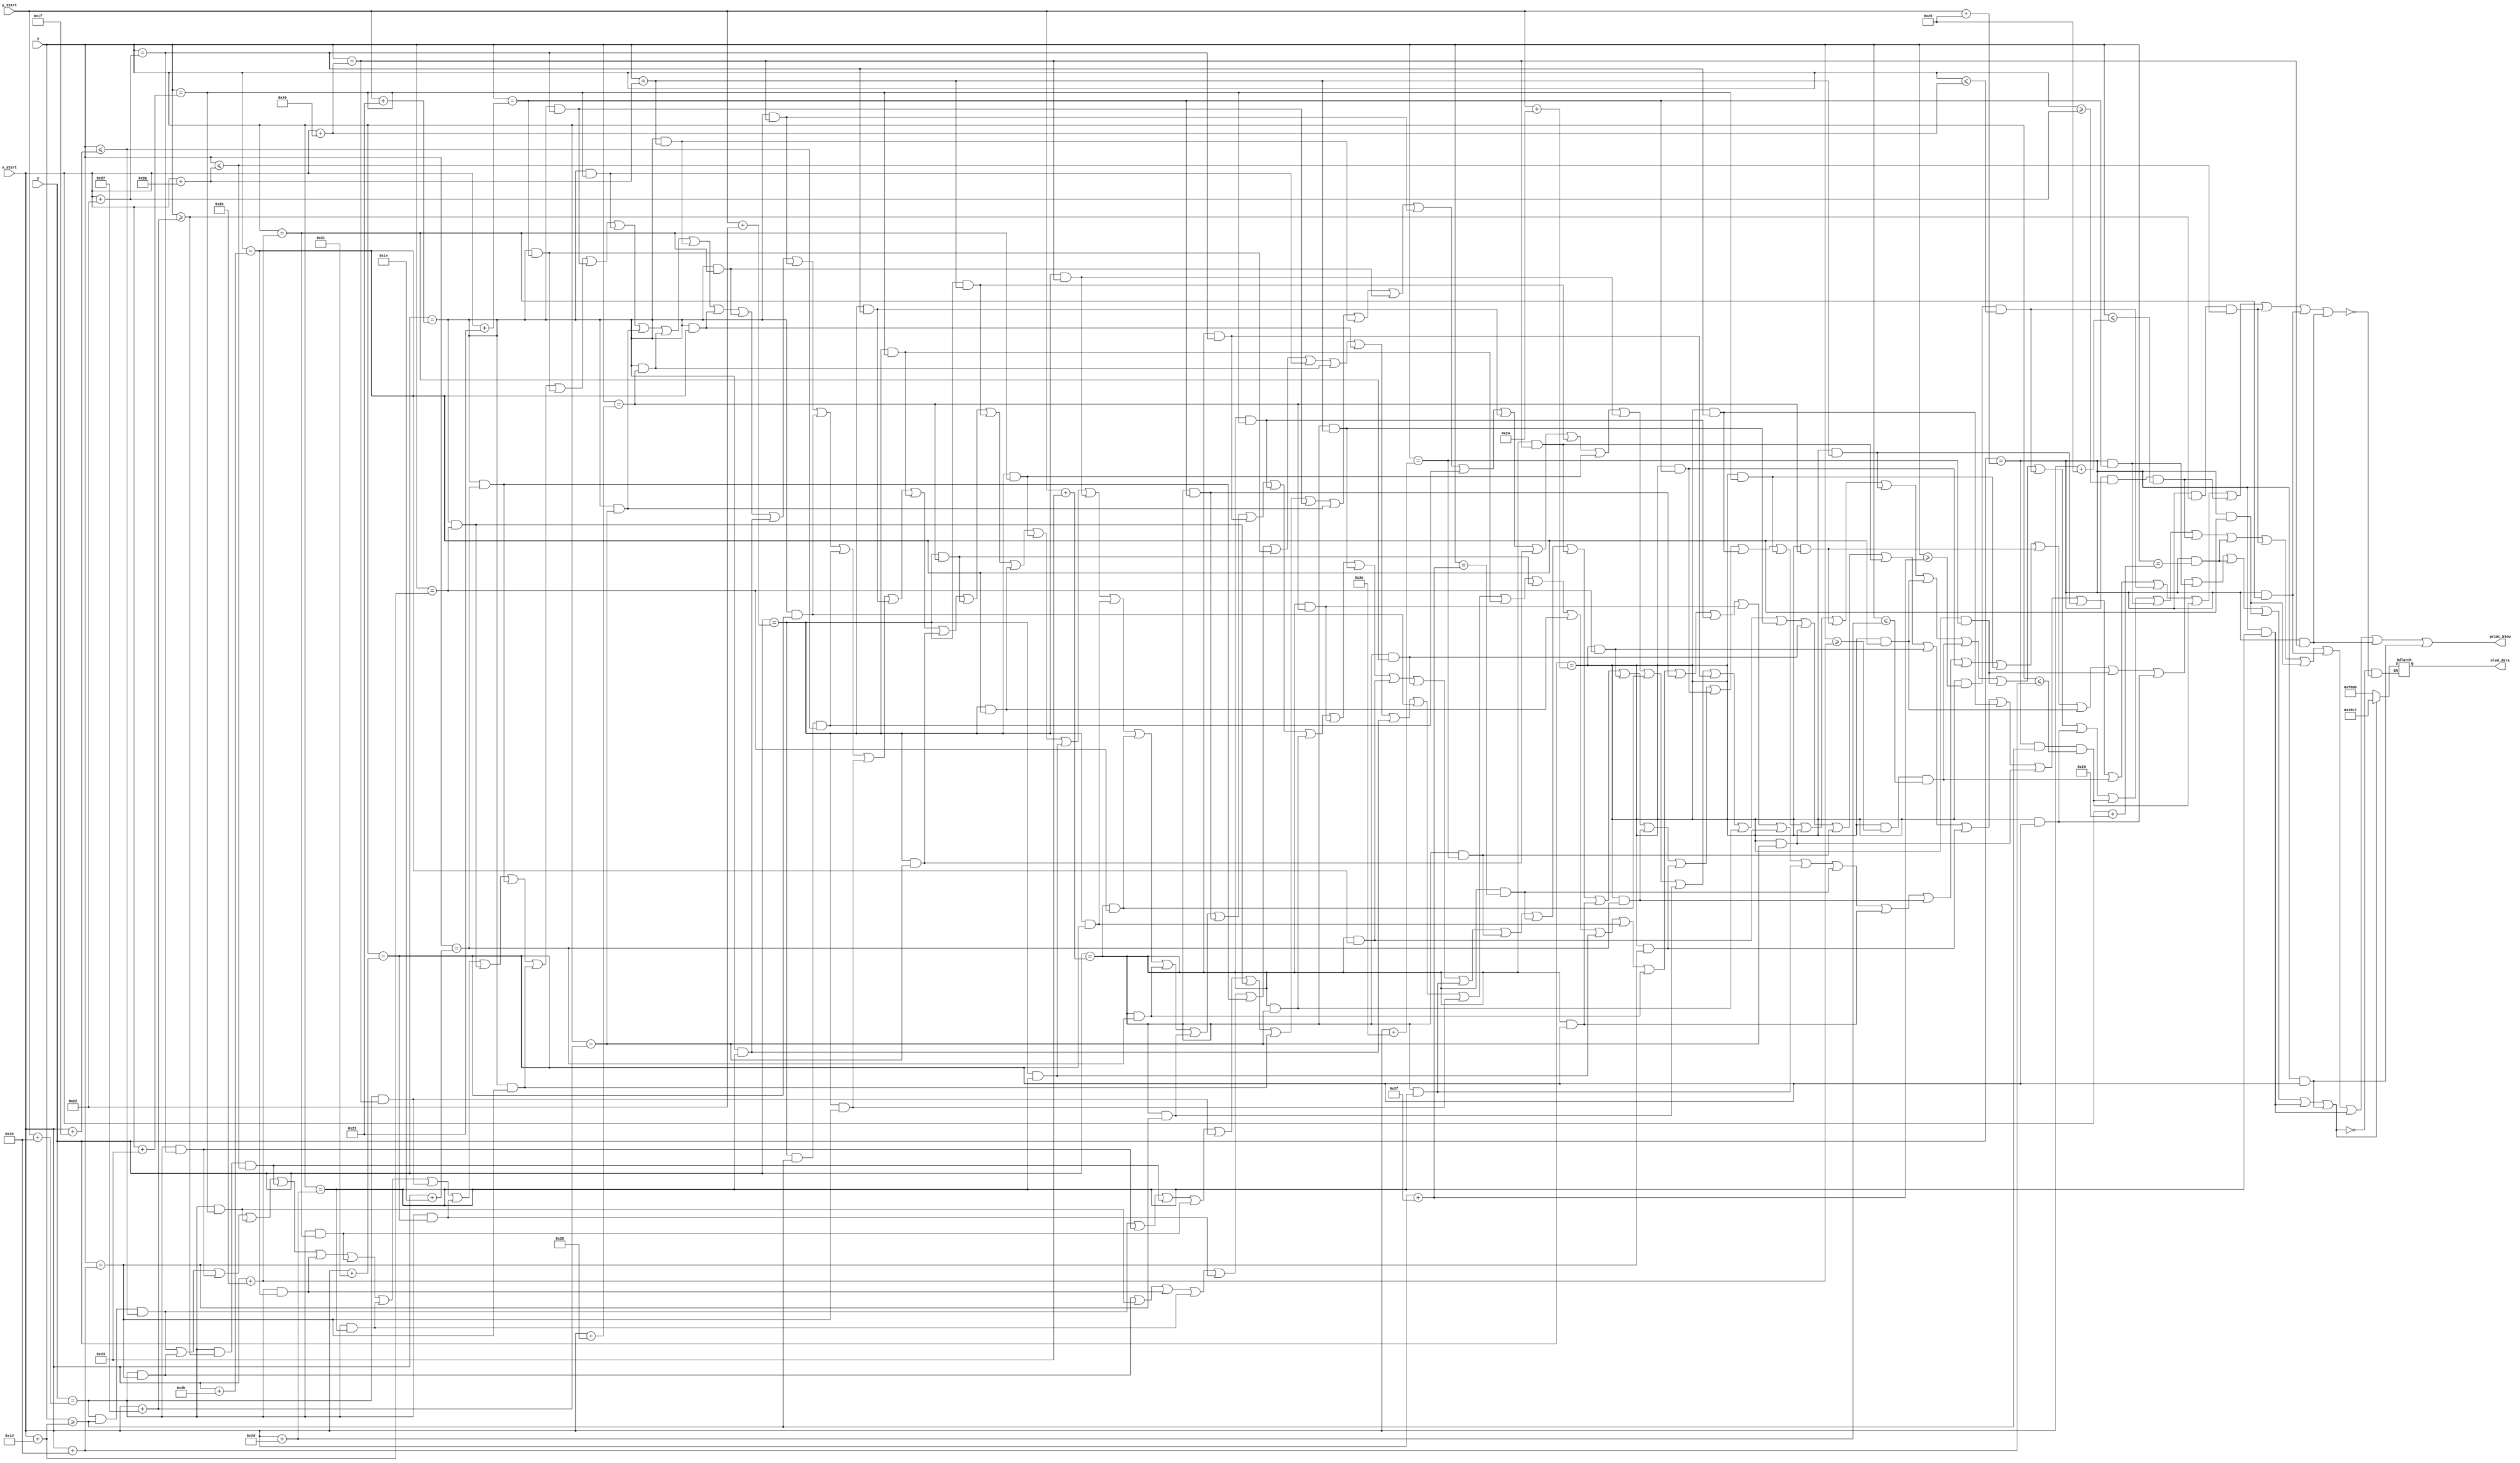
`timescale 1ns / 1ps
//////////////////////////////////////////////////////////////////////////////////

//////////////////////////////////////////////////////////////////////////////////


module print_blow(
	input [7:0] x, y, x_start, y_start,
	output print_blow,
	output reg [15:0] oled_data
    );
	
	assign print_blow = ((y == y_start + 32 && x >= x_start + 29 && x <= x_start + 31 ) ||
						(y == y_start + 32 && x == x_start + 32) ||
						(y == y_start + 32 && x == x_start + 34) ||
						(y == y_start + 32 && x == x_start + 35) ||
						(y == y_start + 32 && x >= x_start + 39 && x <= x_start + 42 ) ||
						(y == y_start + 32 && x == x_start + 43) ||
						(y == y_start + 32 && x == x_start + 44) ||
						(y == y_start + 32 && x == x_start + 45) ||
						(y == y_start + 32 && x == x_start + 48) ||
						(y == y_start + 32 && x == x_start + 49) ||
						(y == y_start + 33 && x == x_start + 29) ||
						(y == y_start + 33 && x == x_start + 30) ||
						(y == y_start + 33 && x == x_start + 32) ||
						(y == y_start + 33 && x == x_start + 33) ||
						(y == y_start + 33 && x == x_start + 34) ||
						(y == y_start + 33 && x == x_start + 35) ||
						(y == y_start + 33 && x == x_start + 39) ||
						(y == y_start + 33 && x == x_start + 40) ||
						(y == y_start + 33 && x == x_start + 42) ||
						(y == y_start + 33 && x == x_start + 43) ||
						(y == y_start + 33 && x == x_start + 44) ||
						(y == y_start + 33 && x == x_start + 45) ||
						(y == y_start + 33 && x == x_start + 48) ||
						(y == y_start + 33 && x == x_start + 49) ||
						(y == y_start + 34 && x >= x_start + 29 && x <= x_start + 31 ) ||
						(y == y_start + 34 && x == x_start + 32) ||
						(y == y_start + 34 && x == x_start + 34) ||
						(y == y_start + 34 && x == x_start + 35) ||
						(y == y_start + 34 && x == x_start + 39) ||
						(y == y_start + 34 && x == x_start + 40) ||
						(y == y_start + 34 && x == x_start + 42) ||
						(y == y_start + 34 && x == x_start + 43) ||
						(y == y_start + 34 && x == x_start + 44) ||
						(y == y_start + 34 && x == x_start + 45) ||
						(y == y_start + 34 && x == x_start + 48) ||
						(y == y_start + 34 && x == x_start + 49) ||
						(y == y_start + 35 && x == x_start + 29) ||
						(y == y_start + 35 && x == x_start + 30) ||
						(y == y_start + 35 && x == x_start + 32) ||
						(y == y_start + 35 && x == x_start + 33) ||
						(y == y_start + 35 && x == x_start + 34) ||
						(y == y_start + 35 && x == x_start + 35) ||
						(y == y_start + 35 && x == x_start + 39) ||
						(y == y_start + 35 && x == x_start + 40) ||
						(y == y_start + 35 && x == x_start + 42) ||
						(y == y_start + 35 && x == x_start + 43) ||
						(y == y_start + 35 && x == x_start + 44) ||
						(y == y_start + 35 && x == x_start + 45) ||
						(y == y_start + 35 && x == x_start + 46) ||
						(y == y_start + 35 && x == x_start + 47) ||
						(y == y_start + 35 && x == x_start + 48) ||
						(y == y_start + 35 && x == x_start + 49) ||
						(y == y_start + 36 && x == x_start + 29) ||
						(y == y_start + 36 && x == x_start + 30) ||
						(y == y_start + 36 && x == x_start + 32) ||
						(y == y_start + 36 && x == x_start + 33) ||
						(y == y_start + 36 && x == x_start + 34) ||
						(y == y_start + 36 && x == x_start + 35) ||
						(y == y_start + 36 && x == x_start + 39) ||
						(y == y_start + 36 && x == x_start + 40) ||
						(y == y_start + 36 && x == x_start + 42) ||
						(y == y_start + 36 && x == x_start + 43) ||
						(y == y_start + 36 && x >= x_start + 44 && x <= x_start + 45 ) ||
						(y == y_start + 36 && x == x_start + 46) ||
						(y == y_start + 36 && x >= x_start + 47 && x <= x_start + 48 ) ||
						(y == y_start + 36 && x == x_start + 49) ||
						(y == y_start + 37 && x >= x_start + 29 && x <= x_start + 32 ) ||
						(y == y_start + 37 && x == x_start + 33) ||
						(y == y_start + 37 && x >= x_start + 34 && x <= x_start + 37 ) ||
						(y == y_start + 37 && x == x_start + 38) ||
						(y == y_start + 37 && x >= x_start + 39 && x <= x_start + 42 ) ||
						(y == y_start + 37 && x == x_start + 43) ||
						(y == y_start + 37 && x == x_start + 44) ||
						(y == y_start + 37 && x == x_start + 45) ||
						(y == y_start + 37 && x == x_start + 48) ||
						(y == y_start + 37 && x == x_start + 49));
		
		always @(*)
		begin
			if  ((y == y_start + 32 && x == x_start + 32) ||
				(y == y_start + 32 && x == x_start + 35) ||
				(y == y_start + 32 && x == x_start + 43) ||
				(y == y_start + 32 && x == x_start + 45) ||
				(y == y_start + 32 && x == x_start + 49) ||
				(y == y_start + 33 && x == x_start + 30) ||
				(y == y_start + 33 && x == x_start + 33) ||
				(y == y_start + 33 && x == x_start + 35) ||
				(y == y_start + 33 && x == x_start + 40) ||
				(y == y_start + 33 && x == x_start + 43) ||
				(y == y_start + 33 && x == x_start + 45) ||
				(y == y_start + 33 && x == x_start + 49) ||
				(y == y_start + 34 && x == x_start + 32) ||
				(y == y_start + 34 && x == x_start + 35) ||
				(y == y_start + 34 && x == x_start + 40) ||
				(y == y_start + 34 && x == x_start + 43) ||
				(y == y_start + 34 && x == x_start + 45) ||
				(y == y_start + 34 && x == x_start + 49) ||
				(y == y_start + 35 && x == x_start + 30) ||
				(y == y_start + 35 && x == x_start + 33) ||
				(y == y_start + 35 && x == x_start + 35) ||
				(y == y_start + 35 && x == x_start + 40) ||
				(y == y_start + 35 && x == x_start + 43) ||
				(y == y_start + 35 && x == x_start + 45) ||
				(y == y_start + 35 && x == x_start + 47) ||
				(y == y_start + 35 && x == x_start + 49) ||
				(y == y_start + 36 && x == x_start + 30) ||
				(y == y_start + 36 && x == x_start + 33) ||
				(y == y_start + 36 && x == x_start + 35) ||
				(y == y_start + 36 && x == x_start + 40) ||
				(y == y_start + 36 && x == x_start + 43) ||
				(y == y_start + 36 && x == x_start + 46) ||
				(y == y_start + 36 && x == x_start + 49) ||
				(y == y_start + 37 && x == x_start + 33) ||
				(y == y_start + 37 && x == x_start + 38) ||
				(y == y_start + 37 && x == x_start + 43) ||
				(y == y_start + 37 && x == x_start + 45) ||
				(y == y_start + 37 && x == x_start + 49)) oled_data <= 16'h39c7;

		else if ((y == y_start + 32 && x >= x_start + 29 && x <= x_start + 31 ) ||
				(y == y_start + 32 && x == x_start + 34) ||
				(y == y_start + 32 && x >= x_start + 39 && x <= x_start + 42 ) ||
				(y == y_start + 32 && x == x_start + 44) ||
				(y == y_start + 32 && x == x_start + 48) ||
				(y == y_start + 33 && x == x_start + 29) ||
				(y == y_start + 33 && x == x_start + 32) ||
				(y == y_start + 33 && x == x_start + 34) ||
				(y == y_start + 33 && x == x_start + 39) ||
				(y == y_start + 33 && x == x_start + 42) ||
				(y == y_start + 33 && x == x_start + 44) ||
				(y == y_start + 33 && x == x_start + 48) ||
				(y == y_start + 34 && x >= x_start + 29 && x <= x_start + 31 ) ||
				(y == y_start + 34 && x == x_start + 34) ||
				(y == y_start + 34 && x == x_start + 39) ||
				(y == y_start + 34 && x == x_start + 42) ||
				(y == y_start + 34 && x == x_start + 44) ||
				(y == y_start + 34 && x == x_start + 48) ||
				(y == y_start + 35 && x == x_start + 29) ||
				(y == y_start + 35 && x == x_start + 32) ||
				(y == y_start + 35 && x == x_start + 34) ||
				(y == y_start + 35 && x == x_start + 39) ||
				(y == y_start + 35 && x == x_start + 42) ||
				(y == y_start + 35 && x == x_start + 44) ||
				(y == y_start + 35 && x == x_start + 46) ||
				(y == y_start + 35 && x == x_start + 48) ||
				(y == y_start + 36 && x == x_start + 29) ||
				(y == y_start + 36 && x == x_start + 32) ||
				(y == y_start + 36 && x == x_start + 34) ||
				(y == y_start + 36 && x == x_start + 39) ||
				(y == y_start + 36 && x == x_start + 42) ||
				(y == y_start + 36 && x >= x_start + 44 && x <= x_start + 45 ) ||
				(y == y_start + 36 && x >= x_start + 47 && x <= x_start + 48 ) ||
				(y == y_start + 37 && x >= x_start + 29 && x <= x_start + 32 ) ||
				(y == y_start + 37 && x >= x_start + 34 && x <= x_start + 37 ) ||
				(y == y_start + 37 && x >= x_start + 39 && x <= x_start + 42 ) ||
				(y == y_start + 37 && x == x_start + 44) ||
				(y == y_start + 37 && x == x_start + 48)) oled_data <= 16'hf800;
		end
endmodule